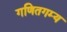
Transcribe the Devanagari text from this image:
गणितगम्य